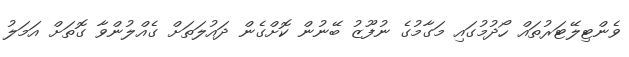
ވެންޓިލޭޓަރުތައް ހޯދުމުގައި މަގާމުގެ ނުފޫޒު ބޭނުން ކޮށްގެން ދައުލަތަށް ގެއްލުންވާ ގޮތަށް އަމަލު